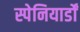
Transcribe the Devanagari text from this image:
स्पेनियार्डों